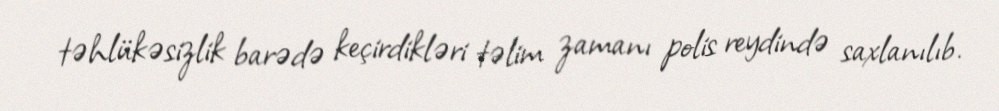
təhlükəsizlik barədə keçirdikləri təlim zamanı polis reydində saxlanılıb.